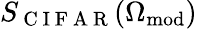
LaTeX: S_{\mathrm{~C~I~F~A~R~}}(\Omega_{\mathrm{mod}})